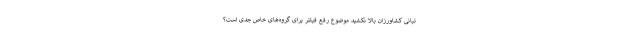
تبانی کشاورزان بالا نکشید موضوع رفع فیلتر برای گروه‌های خاص جدی است؟